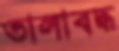
তালাবদ্ধ